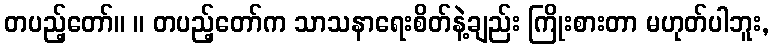
တပည့်တော်။ ။ တပည့်တော်က သာသနာရေးစိတ်နဲ့ချည်း ကြိုးစားတာ မဟုတ်ပါဘူး,